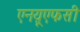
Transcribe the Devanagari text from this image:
एनय़ूएफसी